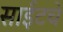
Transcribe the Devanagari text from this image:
साईटचे